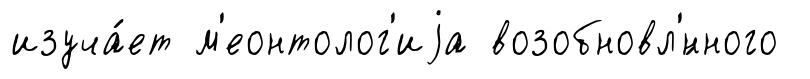
изуча́ет м'еонтолог'иjа возобновл'́нного